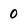
Character: 0